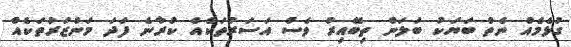
ގުޅެމެއް ނެތް ބަޔަކު ބަލަން ތިބޭއިރު ވެސް އަސަރުތަކެއް ކުރާނެ ފަދަ މަންޒަރުތަކެއް